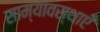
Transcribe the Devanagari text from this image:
साम्यावस्थाएँ